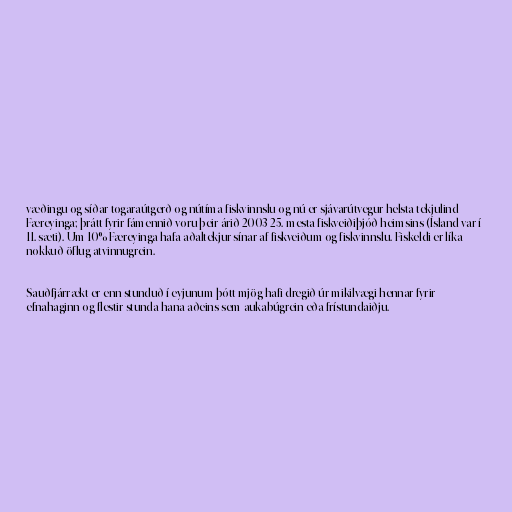
væðingu og síðar togaraútgerð og nútíma fiskvinnslu og nú er sjávarútvegur helsta tekjulind
Færeyinga; þrátt fyrir fámennið voru þeir árið 2003 25. mesta fiskveiðiþjóð heimsins (Ísland var í
11. sæti). Um 10% Færeyinga hafa aðaltekjur sínar af fiskveiðum og fiskvinnslu. Fiskeldi er líka
nokkuð öflug atvinnugrein.

Sauðfjárrækt er enn stunduð í eyjunum þótt mjög hafi dregið úr mikilvægi hennar fyrir
efnahaginn og flestir stunda hana aðeins sem aukabúgrein eða frístundaiðju.